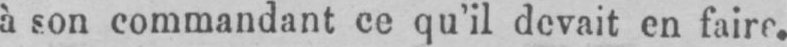
à son commandant ce qu’il devait en faire.